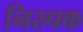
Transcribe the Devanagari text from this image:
निस्र्पक